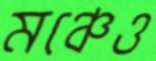
মঞ্চেও